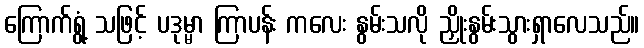
ကြောက်ရွံ့ သဖြင့် ပဒုမ္မာ ကြာပန်း ကလေး နွမ်းသလို ညှိုးနွမ်းသွားရှာလေသည်။